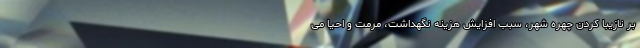
بر نازیبا کردن چهره شهر، سبب افزایش هزینه نگهداشت، مرمت و احیا می